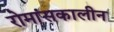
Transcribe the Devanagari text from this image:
रोमांसकालीन